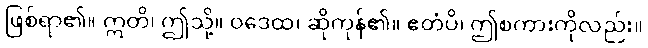
ဖြစ်ရာ၏။ ဣတိ၊ ဤသို့။ ဝဒေထ၊ ဆိုကုန်၏။ ဧတံပိ၊ ဤစကားကိုလည်း။